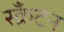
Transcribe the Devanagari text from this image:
स्क्रॅंटन